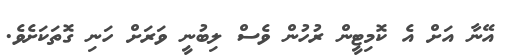
އޭނާ އަށް އެ ކޮމިޓީން ރުހުން ވެސް ލިބުނީ ވަރަށް ހަނި ގޮތަކަށެވެ.